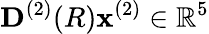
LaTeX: \mathbf{D}^{(2)}(R)\mathbf{x}^{(2)}\in\mathbb{R}^{5}